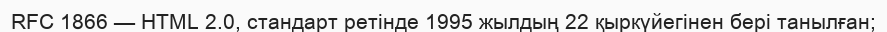
RFC 1866 — HTML 2.0, стандарт ретінде 1995 жылдың 22 қыркүйегінен бері танылған;